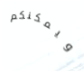
ويمكنكم